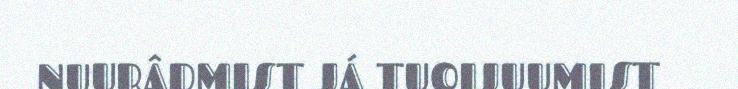
NUURÂDMIST JÁ TUOIJUUMIST